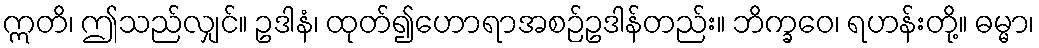
ဣတိ၊ ဤသည်လျှင်။ ဥဒါနံ၊ ထုတ်၍ဟောရာအစဉ်ဥဒါန်တည်း။ ဘိက္ခဝေ၊ ရဟန်းတို့။ ဓမ္မာ၊